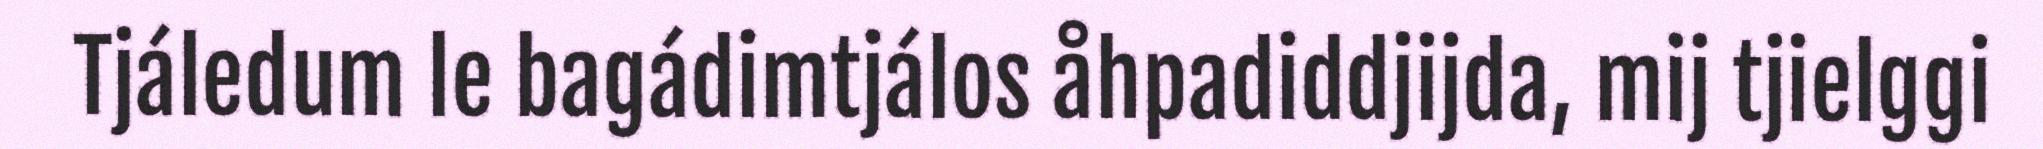
Tjáledum le bagádimtjálos åhpadiddjijda, mij tjielggi